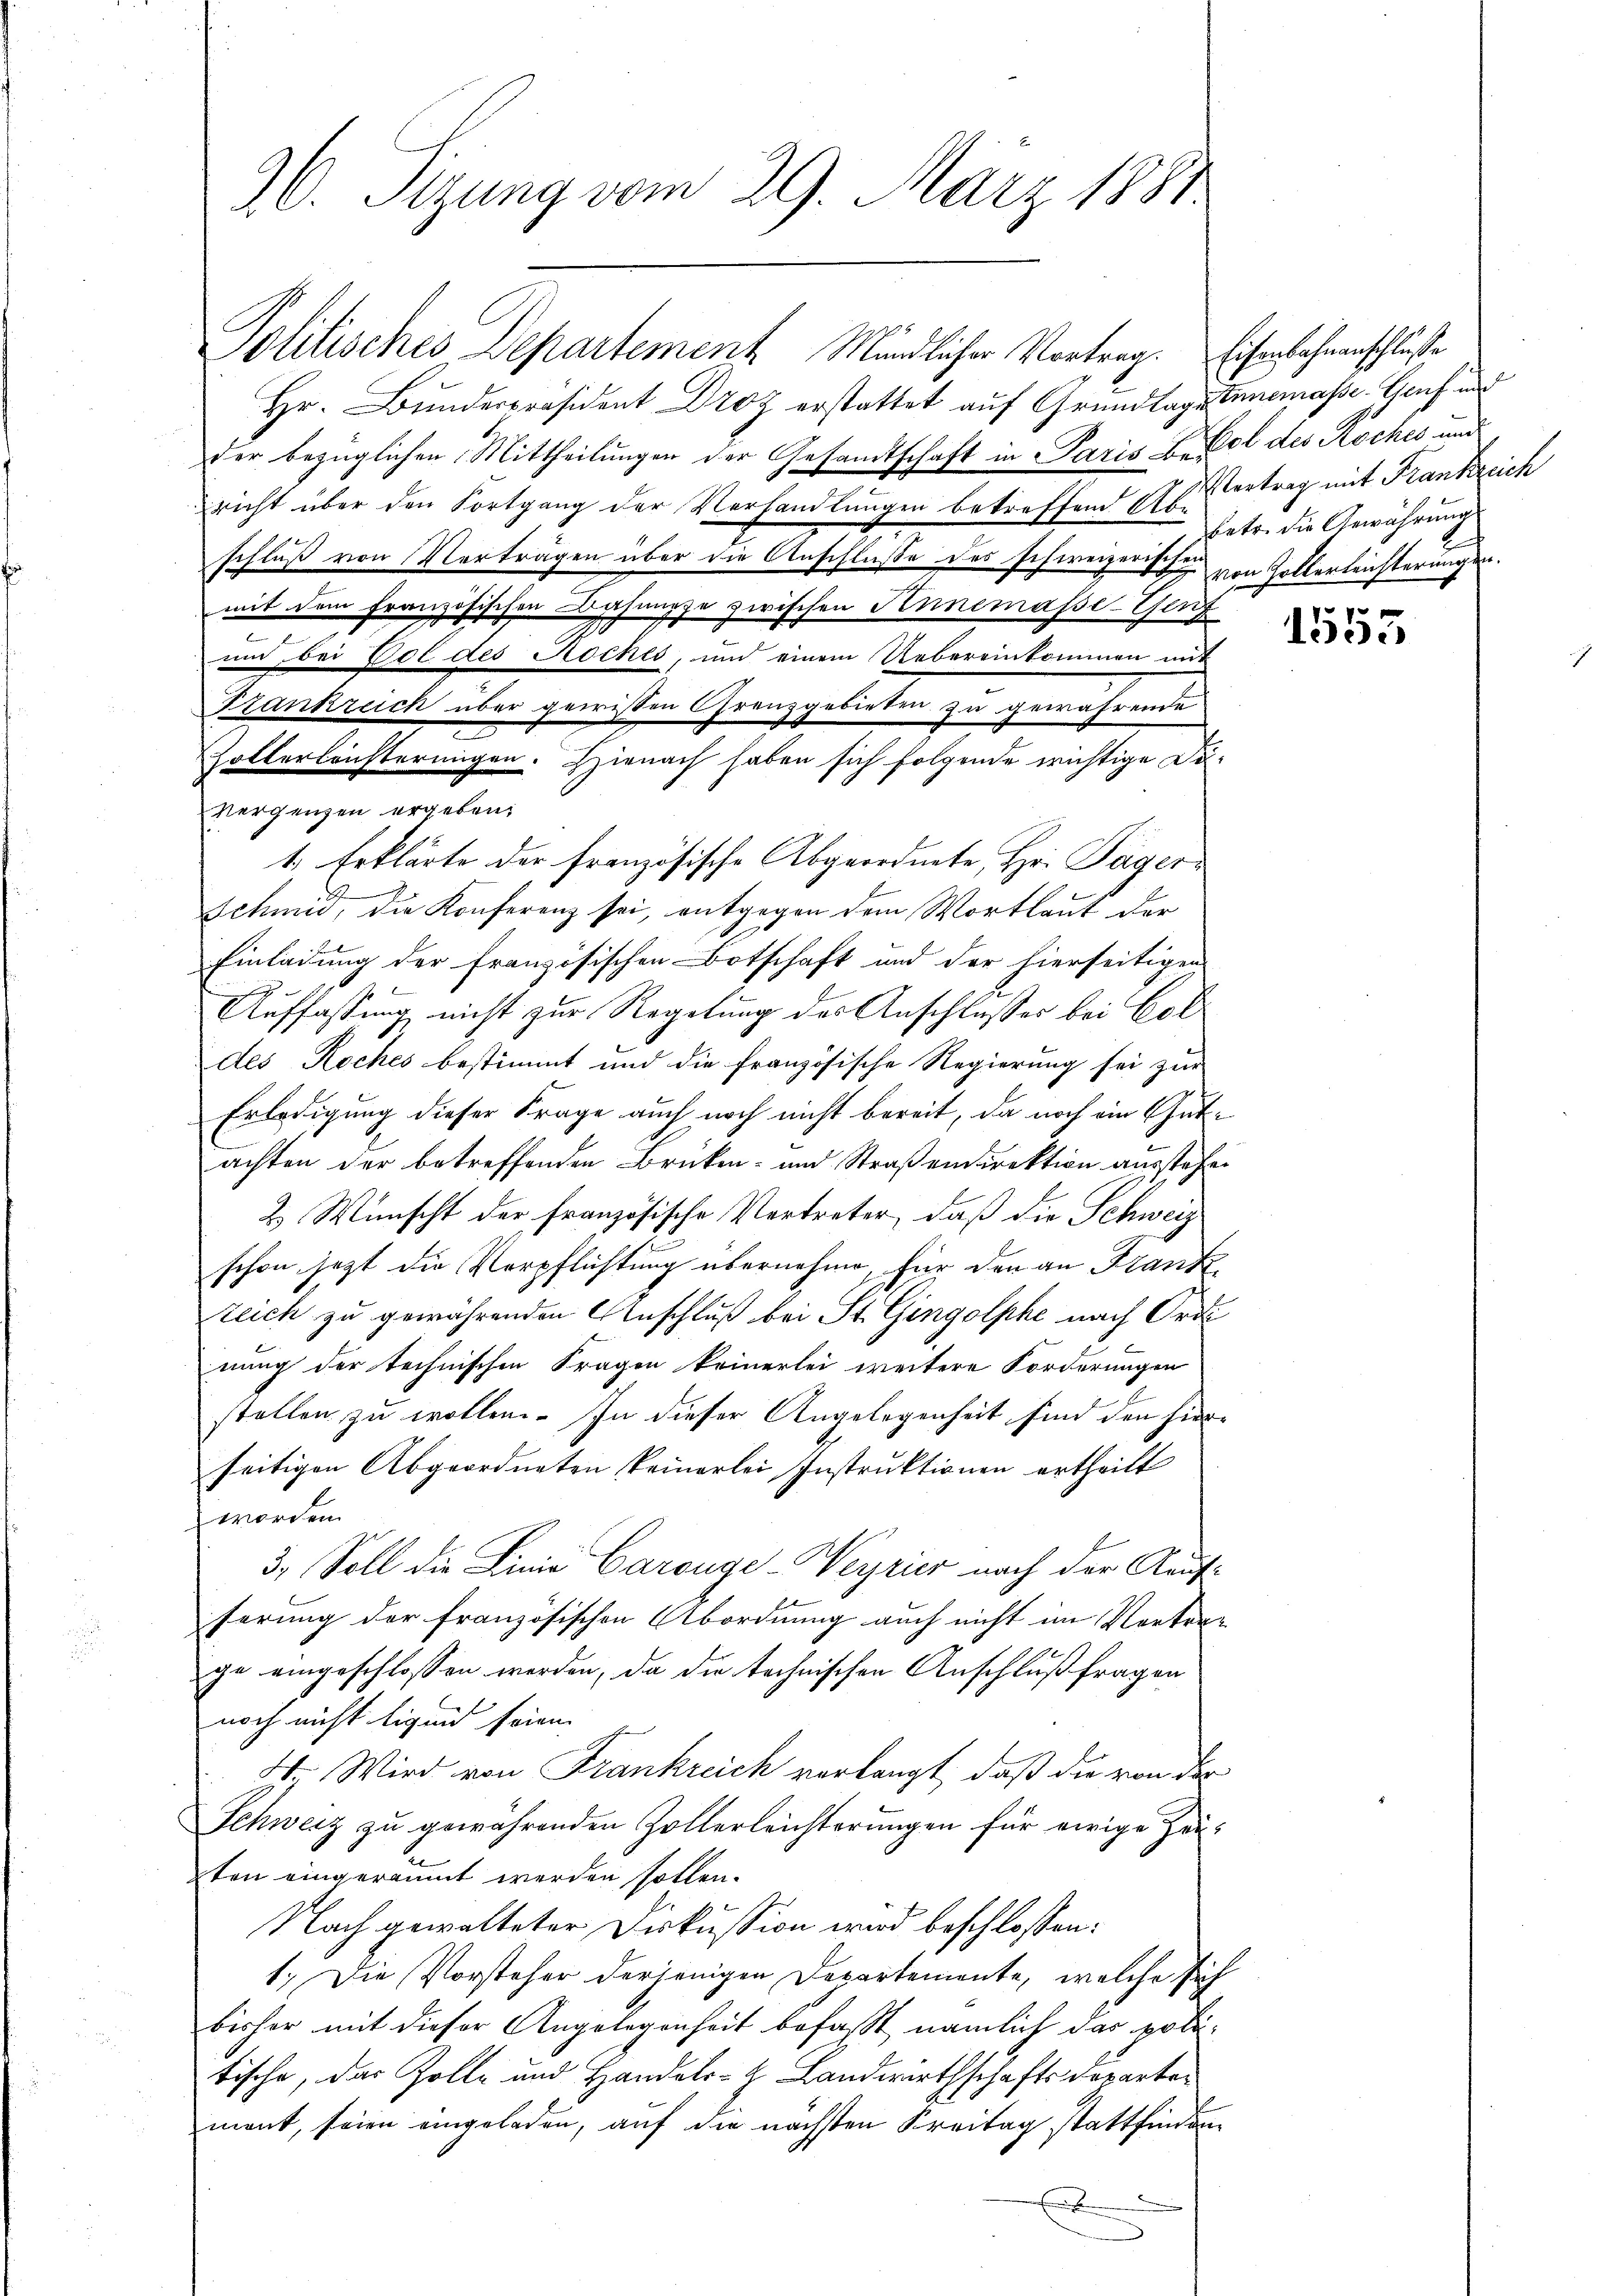
36. Sizung vom 29. März 1881

Politisches Departement Mündlicher Vortrag. Eisenbahnenschlusse
Hr. Bunderpräsident Droz erstattet auf Grundlages Innemasse. Genf und
der bezüglichen Mittheilungen der Gesamtschaft in Paris B. fol des Koches und
richt über den Fortgang der Verhandlungen betreffend Vertrag mit Frankreich
schluß von Verträgen über die Anschluße des schweizerischen
mit dem französischen Bahnunge zwischen Annemasse-Genz
um bei Vol des Roches, und einem Uebereinkommen mit
Frankreich über gewissen Grenzgebieten zu gewährende
Golterleichterungen. Hienach haben sich folgende wichtige Divergangen ergeben:
1. Erklärte der französische Abgeordnete, Hr. Tagerschmid, die Konferenz sei, entgegen dem Wortlaut der
Einladung der französischen Botschaft und der hierseitigen
Auffassung nicht zur Regelung des Anschlusses bei Coldes Roches bestimmt und die französische Regierung sei zur
Erledigung dieser Frage auch noch nicht bereit, da noch ein Gutachten der betreffenden Brücken- und Straßendirektion ausstehen
2. Wünscht der französische Vertreter, daß die Schweiz
schon jetzt die Verpflichtung übernehme, für den an Frank
Zeich zu gewährenden Anschluß bei St. Gingolphe nach Ord
nung der technischen Fragen keinerlei weitere Forderungen
stellen zu wollen. In dieser Angelegenheit sind den hierseitigen Abgeordneten keinerlei Instruktionen ertheilt
worden.
3. Soll die Linie Carouge-Weyrier nach der Kaufserung der französischen Abordnung auch nicht im Vortrage eingeschlossen werden, da die technischen Anschluß fragen
noch nicht ligend seien.
2. Wird von Frankreich verlangt, daß die von der
Schweiz zu gewährenden Zollerleichterungen für ewige Zeiten eingeräumt werden sollen.
Nach gewalteter Diskussion wird beschlossen:
1.) Die Vorsteher derjenigen Departemente, welche sich
bisher mit dieser Angelegenheit befaßt, nämlich das politische, das Zolle und Handels- Landwirthschafts Departen
ment, seien eingeladen, auf die nächsten Kreitag stattfinden
E

betr. die Gewährungs
von Zollerleichterungen.

1555